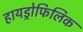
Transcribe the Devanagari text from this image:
हायड्रोफिलिक